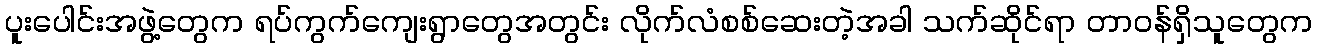
ပူးပေါင်းအဖွဲ့တွေက ရပ်ကွက်ကျေးရွာတွေအတွင်း လိုက်လံစစ်ဆေးတဲ့အခါ သက်ဆိုင်ရာ တာဝန်ရှိသူတွေက